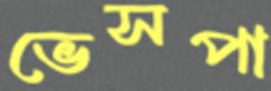
ভেসপা